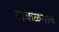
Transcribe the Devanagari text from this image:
टाकळगाव